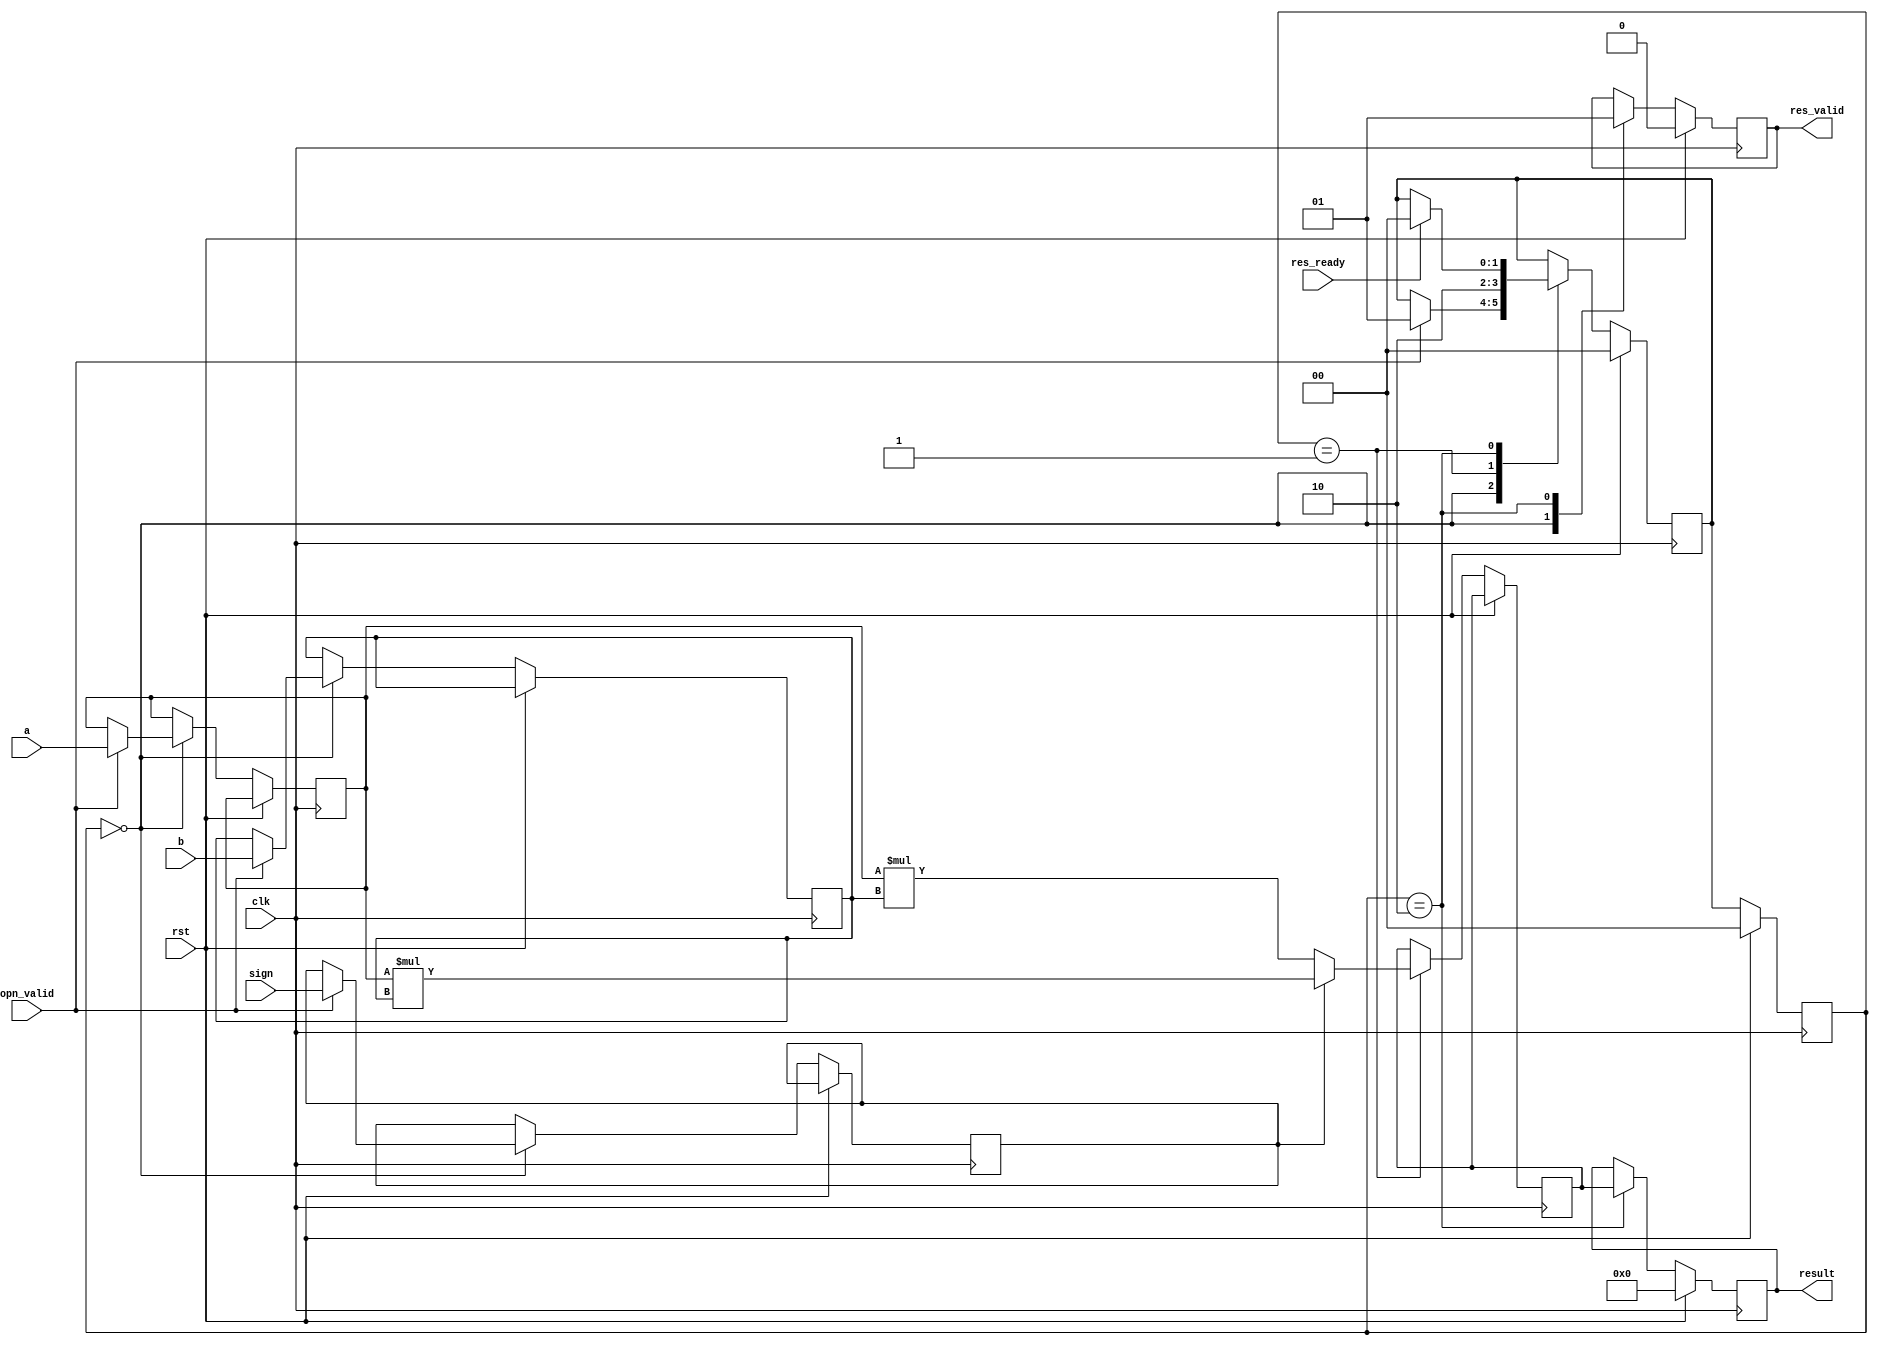
module mult (
    input wire        clk,
    input wire        rst,
    input wire [31:0] a,    // Multiplicand
    input wire [31:0] b,    // Multiplier
    input wire        sign, // 1:signed

    input wire opn_valid,  // Operation start signal
    output reg res_valid,  // Result ready signal
    input wire res_ready,  // Ready to receive result
    output reg [63:0] result  // 64-bit Result
);

  // State machine states
  localparam IDLE = 0;
  localparam COMPUTE = 1;
  localparam OUTPUT = 2;

  reg [63:0] temp_result;
  reg [1:0] state, next_state;

  // Temporary registers to hold intermediate values
  reg [31:0] operand_a, operand_b;
  reg temp_sign;
  // State machine for controlling the multiplier
  always @(posedge clk) begin
    if (rst) begin
      state <= IDLE;
      next_state <= IDLE;
      res_valid <= 0;
      result <= 0;
    end else begin
      state <= next_state;
      case (state)
        IDLE: begin
          res_valid <= 0;
          if (opn_valid) begin
            operand_a  <= a;
            operand_b  <= b;
            temp_sign  <= sign;
            next_state <= COMPUTE;
          end
        end
        COMPUTE: begin
          if (temp_sign) begin
            temp_result <= $signed(operand_a) * $signed(operand_b);
          end else begin
            temp_result <= operand_a * operand_b;
          end
          next_state <= OUTPUT;
        end
        OUTPUT: begin
          res_valid <= 1;
          result <= temp_result;
          if (res_ready) begin
            next_state <= IDLE;
          end
        end
      endcase
    end
  end


endmodule